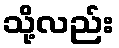
သို့လည်း